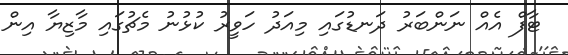
ޓާފް އެއް ނަންބަރު ދަނޑުގައި މިއަދު ހަވީރު ކުޅުނު މެޗުގައި މާޒިޔާ އިން